Civil Veterinary Department. Madras. Admin. report 1910-25 - 1910-1925
Year: 1910
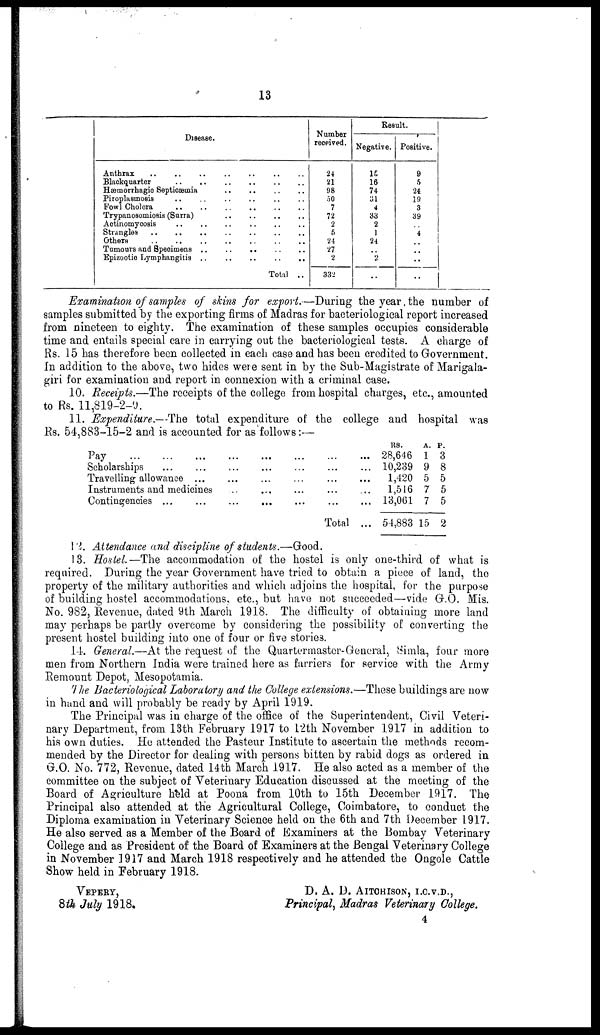
13
Disease.
Anthrax
..
..
..
..
..
Blackquarter
..
..
..
..
..
Hæmorrhagic Septicæmia .. .. .. ..
Piroplasmosis
..
..
..
..
..
Fowl Cholera .. .. .. .. .. ..
Trypanosomiosis (Surra) .. .. .. ..
Actinomycosis .. .. .. .. ..
Strangles .. .. .. .. .. ..
Others .. .. .. .. .. .. ..
Tumours and Specimens .. .. .. ..
Epizootic Lymphangitis .. .. .. .. ..
Total ..
Number
received.
24
21
98
50
7
72
2
5
24
27
2
332
Result.
Negative.
15
16
74
31
4
33
2
1
24
..
2
..
Positive.
9
5
24
19
3
39
..
4
..
..
..
..
Examination of samples of skins for export.—During the year, the number of
samples submitted by the exporting firms of Madras for bacteriological report increased
from nineteen to eighty. The examination of these samples occupies considerable
time and entails special care in carrying out the bacteriological tests. A charge of
Rs. 15 has therefore been collected in each case and has been credited to Government.
In addition to the above, two hides were sent in by the Sub-Magistrate of Marigala-
giri for examination and report in connexion with a criminal case.
10. Receipts.—The receipts of the college from hospital charges, etc., amounted
to Rs. 11,819-2-9.
11. Expenditure.—The total expenditure of the college and hospital was
Rs. 54,883-15-2 and is accounted for as follows:—
Pay
...
...
...
Scholarships ... ...
Travelling allowance ...
Instruments and medicines
Contingencies ... ...
...
...
...
...
...
...
...
...
...
...
...
...
...
...
...
...
...
...
...
...
Total
...
...
...
...
...
...
RS.
28,646
10,239
1,420
1,516
13,061
54,883
A.
1
9
5
7
7
15
P.
3
8
5
5
5
2
12. Attendance and discipline of students.—Good.
13. Hostel.—The accommodation of the hostel is only one-third of what is
required. During the year Government have tried to obtain a piece of land, the
property of the military authorities and which adjoins the hospital, for the purpose
of building hostel accommodations, etc., but have not succeeded—vide G.O. Mis.
No. 982, Revenue, dated 9th March 1918. The difficulty of obtaining more land
may perhaps be partly overcome by considering the possibility of converting the
present hostel building into one of four or five stories.
14. General.—At the request of the Quartermaster-General, Simla, four more
men from Northern India were trained here as farriers for service with the Army
Remount Depot, Mesopotamia.
The Bacteriological Laboratory and the College extensions.—These buildings are now
in hand and will probably be ready by April 1919.
The Principal was in charge of the office of the Superintendent, Civil Veteri-
nary Department, from 13th February 1917 to L2th November 1917 in addition to
his own duties. He attended the Pasteur Institute to ascertain the methods recom-
mended by the Director for dealing with persons bitten by rabid dogs as ordered in
G.O. No. 772, Revenue, dated 14th March 1917. He also acted as a member of the
committee on the subject of Veterinary Education discussed at the meeting of the
Board of Agriculture held at Poona from 10th to 15th December 1917. The
Principal also attended at the Agricultural College, Coimbatore, to conduct the
Diploma examination in Veterinary Science held on the 6th and 7th December 1917.
He also served as a Member of the Board of Examiners at the Bombay Veterinary
College and as President of the Board of Examiners at the Bengal Veterinary College
in November 1917 and March 1918 respectively and he attended the Ongole Cattle
Show held in February 1918.
VEPERY,
8th July 1918.
D. A. D. AITCHISON, I.C.V.D.,
Principal, Madras Veterinary College.
4